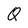
Character: Q